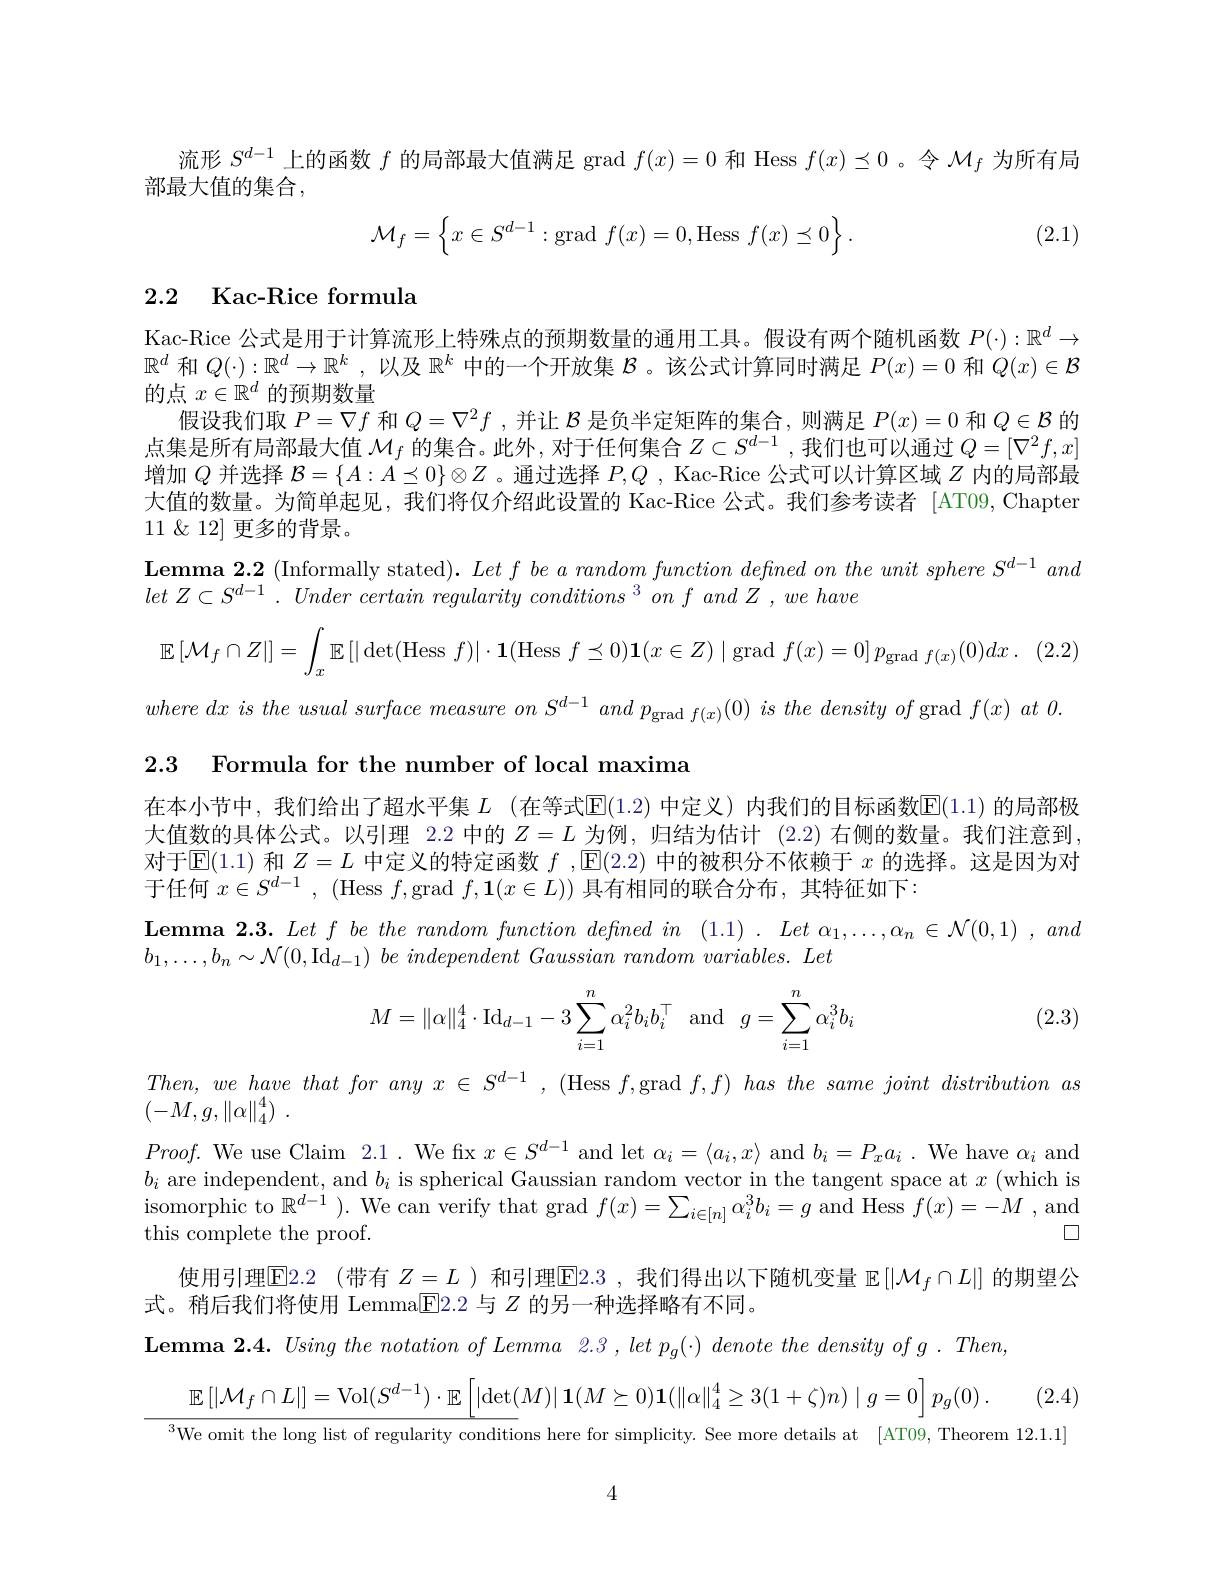
流形$S^d-1$上的函数$f$的局部最大值满足 grad $f(x)=0$和 Hess $f(x)\preceq0$ 。令$\mathcal{M}_f$为所有局
部最大值的集合，
$$\mathcal{M}_f=\left\{x\in S^{d-1}:\text{grad}\:f(x)=0,\text{Hess}\:f(x)\preceq0\right\}.$$
(2.1)

## 2.2 Kac-Rice formula

Kac-Rice 公式是用于计算流形上特殊点的预期数量的通用工具。假设有两个随机函数$P(\cdot):\mathbb{R}^d\to$ $\mathbb{R}^d$和$Q(\cdot):\mathbb{R}^d\to\mathbb{R}^k$ ,以及$\mathbb{R}^k$中的一个开放集$\mathcal{B}$ 。该公式计算同时满足$P(x)=0$和$Q(x)\in\mathcal{B}$ 的点$x\in\mathbb{R}^d$的预期数量
假设我们取$P=\nabla f$和$Q=\nabla^2f$ ,并让$\mathcal{B}$是负半定矩阵的集合，则满足$P(x)=0$和$Q\in\mathcal{B}$的点集是所有局部最大值$\mathcal{M}_f$的集合。此外，对于任何集合$Z\subset S^d-1$ ,我们也可以通过$Q=[\nabla^2f,x]$ 增加$Q$并选择$\mathcal{B}=\{A:A\preceq0\}\otimes Z$ 。通过选择$P,Q$ , Kac-Rice 公式可以计算区域$Z$内的局部最大值的数量。为简单起见，我们将仅介绍此设置的 Kac-Rice 公式。我们参考读者 [AT09,Chapter $11\not\subset12]$更多的背景。
$\textbf{Lemma 2. 2 ( Informally stated) . }Letf\textit{ be a random function defned on the unit sphere S}^{d- 1}and$
let $Z\subset S^{d- 1}$ . Under certain regularity $conditions\:^{3}$ $on$ $f$ and $Z$ , $we$ have
$$\mathbb{E}\left[\mathcal{M}_{f}\cap Z\right|]=\int_{x}\mathbb{E}\left[|\det(\mathrm{Hess}\:f)|\cdot\mathbf{1}(\mathrm{Hess}\:f\preceq0)\mathbf{1}(x\in Z)\mid\mathrm{grad}\:f(x)=0\right]p_{\mathrm{grad}\:f(x)}(0)dx\:.$$
where $dx$ $is$ the usual surface measure $on$ $S^{d- 1}$ and $p_{\mathrm{grad~}f( x) }( 0)$ $is$ the density $of$ grad $f( x)$ $at$ 0.
2.3 Formula for the number of local maxima

在本小节中，我们给出了超水平集 $L$ (在等式$\mathbb{E}(1.2)$ 中定义)内我们的目标函数$\mathbb{E}(1.1)$ 的局部极大值数的具体公式。以引理 2.2 中的$Z=L$为例，归结为估计 (2.2)右侧的数量。我们注意到对于$\operatorname{E}(1.1)$和$Z=L$中定义的特定函数$f,\operatorname{E}(2.2)$中的被积分不依赖于$x$的选择。这是因为对于任何$x\in S^{d- 1}$ , (Hess $f$,grad $f,\mathbf{1}(x\in L))$具有相同的联合分布，其特征如下：

$\textbf{Lemma 2. 3. Let f be the random function deftned in ( 1. 1) . Let }_{1}, \ldots , \alpha _{n}\in \mathcal{N} ( 0, 1)$ $, and$

$b_{1}, \ldots , b_{n}\sim \mathcal{N} ( 0, \mathrm{Id}_{d- 1}) \textit{ be independent Gaussian random variables. Let}$

(2.3)
$$M=\|\alpha\|_4^4\cdot\mathrm{Id}_{d-1}-3\sum_{i=1}^n\alpha_i^2b_ib_i^\top\quad\mathrm{and}\quad g=\sum_{i=1}^n\alpha_i^3b_i$$
$Then,wehavethatforanyx\in S^{d-1}$, (Hess $f$,grad $f,f)$ has the same joint distribution as
$( - M, g, \| \alpha \| _4^4)$ .
$Proof.$ We use Claim 2.1. We fix $x\in S^d-1$ and let $\alpha_i=\langle a_i,x\rangle$ and $b_i=P_xa_i$ . We have $\alpha_i$ and $b_i$ are independent, and $b_i$ is spherical Gaussian random vector in the tangent space at $x$ (which is $\begin{aligned}\text{isomorphic to }\mathbb{R}^{d-1}\:).\:\text{We can verify that grad }f(x)=\sum_{i\in[n]}\alpha_i^3b_i=g\mathrm{~and~Hess~}f(x)=-M,\mathrm{~and}\end{aligned}$
$\square$
this complete the proof.
使用引理$\operatorname{E}$E2.2 (带有 $Z=L$ )和引理$\operatorname{E}$2.3 ,我们得出以下随机变量 $\mathbb{E}\left[\left[\mathcal{M}_f\cap L\right]\right]$ 的期望公
式。稍后我们将使用 LemmaE[2.2与$Z$的另一种选择略有不同。
$\textbf{Lemma 2. 4.  Using the notation of Lemma 2. 3 , let }p_{g}( \cdot ) \textit{denote the density of g .  Then, }$
$$\mathbb{E}\left[|\mathcal{M}_f\cap L|\right]=\mathrm{Vol}(S^{d-1})\cdot\mathbb{E}\left[\left|\det(M)\right|\mathbf{1}(M\succeq0)\mathbf{1}(\|\alpha\|_4^4\geq3(1+\zeta)n)\mid g=0\right]p_g(0)\:.$$
$^{3}$We omit the long list of regularity conditions here for simplicity. See more details at [AT09, Theorem 12.1.1]

4